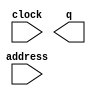
module stepper_rom (input clock, input [7:0] address,
			output reg [7:0] q);
//check the size of the address ??

			
endmodule